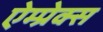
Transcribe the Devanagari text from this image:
ऐम्प्रेक्स